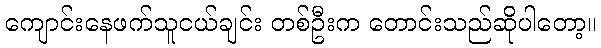
ကျောင်းနေဖက်သူငယ်ချင်း တစ်ဦးက တောင်းသည်ဆိုပါတော့။